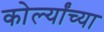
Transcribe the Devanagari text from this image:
कोर्ल्यांच्या